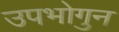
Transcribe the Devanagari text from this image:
उपभोगुन